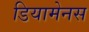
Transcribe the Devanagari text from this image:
डियामेनस